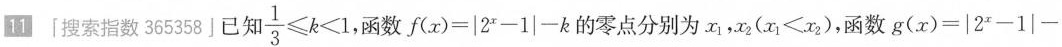
11「搜索指数365358」已知 $$\frac { 1 } { 3 } ≤ k< 1$$，函数$$f ( x ) = | 2 x - 1 | - k$$的零点分别为x_{1}，x_{2}($$x _ { 1 } < x _ { 2 }$$)，函数$$g ( x ) = | 2 x - 1 | -